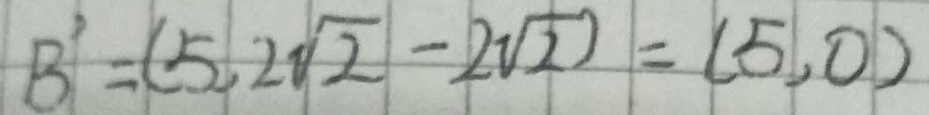
B ^ { \prime } = ( 5 , 2 \sqrt { 2 } - 2 \sqrt { 2 } ) = ( 5 , 0 )